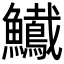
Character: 𩽠